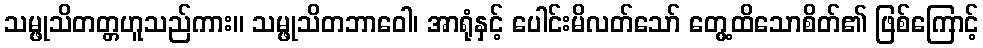
သမ္ဖုသိတတ္တဟူသည်ကား။ သမ္ဖုသိတဘာဝေါ၊ အာရုံနှင့် ပေါင်းမိလတ်သော် တွေ့ထိသောစိတ်၏ ဖြစ်ကြောင့်